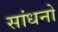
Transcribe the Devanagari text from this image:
सांधनो